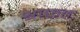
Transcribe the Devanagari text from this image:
श्राफत